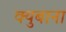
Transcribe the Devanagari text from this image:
क्युबाना